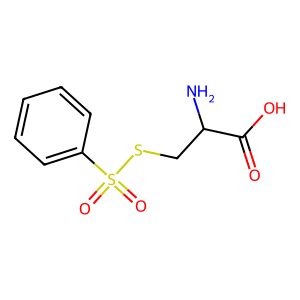
SMILES: NC(CSS(=O)(=O)c1ccccc1)C(=O)O
Inhibits HIV replication: No